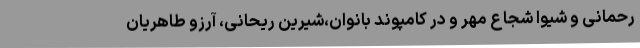
رحمانی و شیوا شجاع مهر و در کامپوند بانوان،شیرین ریحانی، آرزو طاهریان